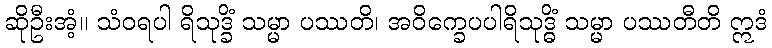
ဆိုဦးအံ့။ သံဝရပါ ရိသုဒ္ခိံ သမ္မာ ပဿတိ၊ အဝိက္ခေပပါရိသုဒ္ဓိံ သမ္မာ ပဿတီတိ ဣဒံ